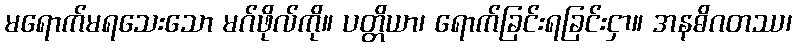
မရောက်မရသေးသော မဂ်ဖိုလ်ကို။ ပတ္တိယာ၊ ရောက်ခြင်းရခြင်းငှာ။ အနဓိဂတဿ၊